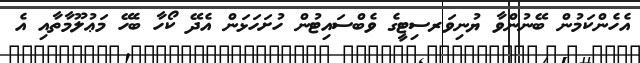
އެހެންކަމުން ބޭނުންވާ ޔުނިވަރސިޓީގެ ވެބްސައިޓުން ހުށަހަޅަން އެދޭ ކޯހާ ބެހޭ މަޢުލޫމާތާއި އެ